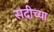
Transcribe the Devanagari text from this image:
सदीच्या